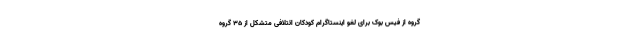
گروه از فیس بوک برای لغو اینستاگرام کودکان ائتلافی متشکل از ۳۵ گروه